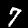
Label: 7